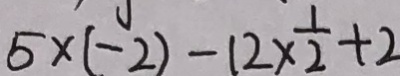
5 \times ( - 2 ) - 1 2 \times \frac { 1 } { 2 } + 2